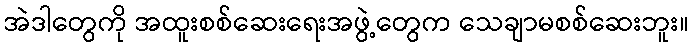
အဲဒါတွေကို အထူးစစ်ဆေးရေးအဖွဲ့တွေက သေချာမစစ်ဆေးဘူး။